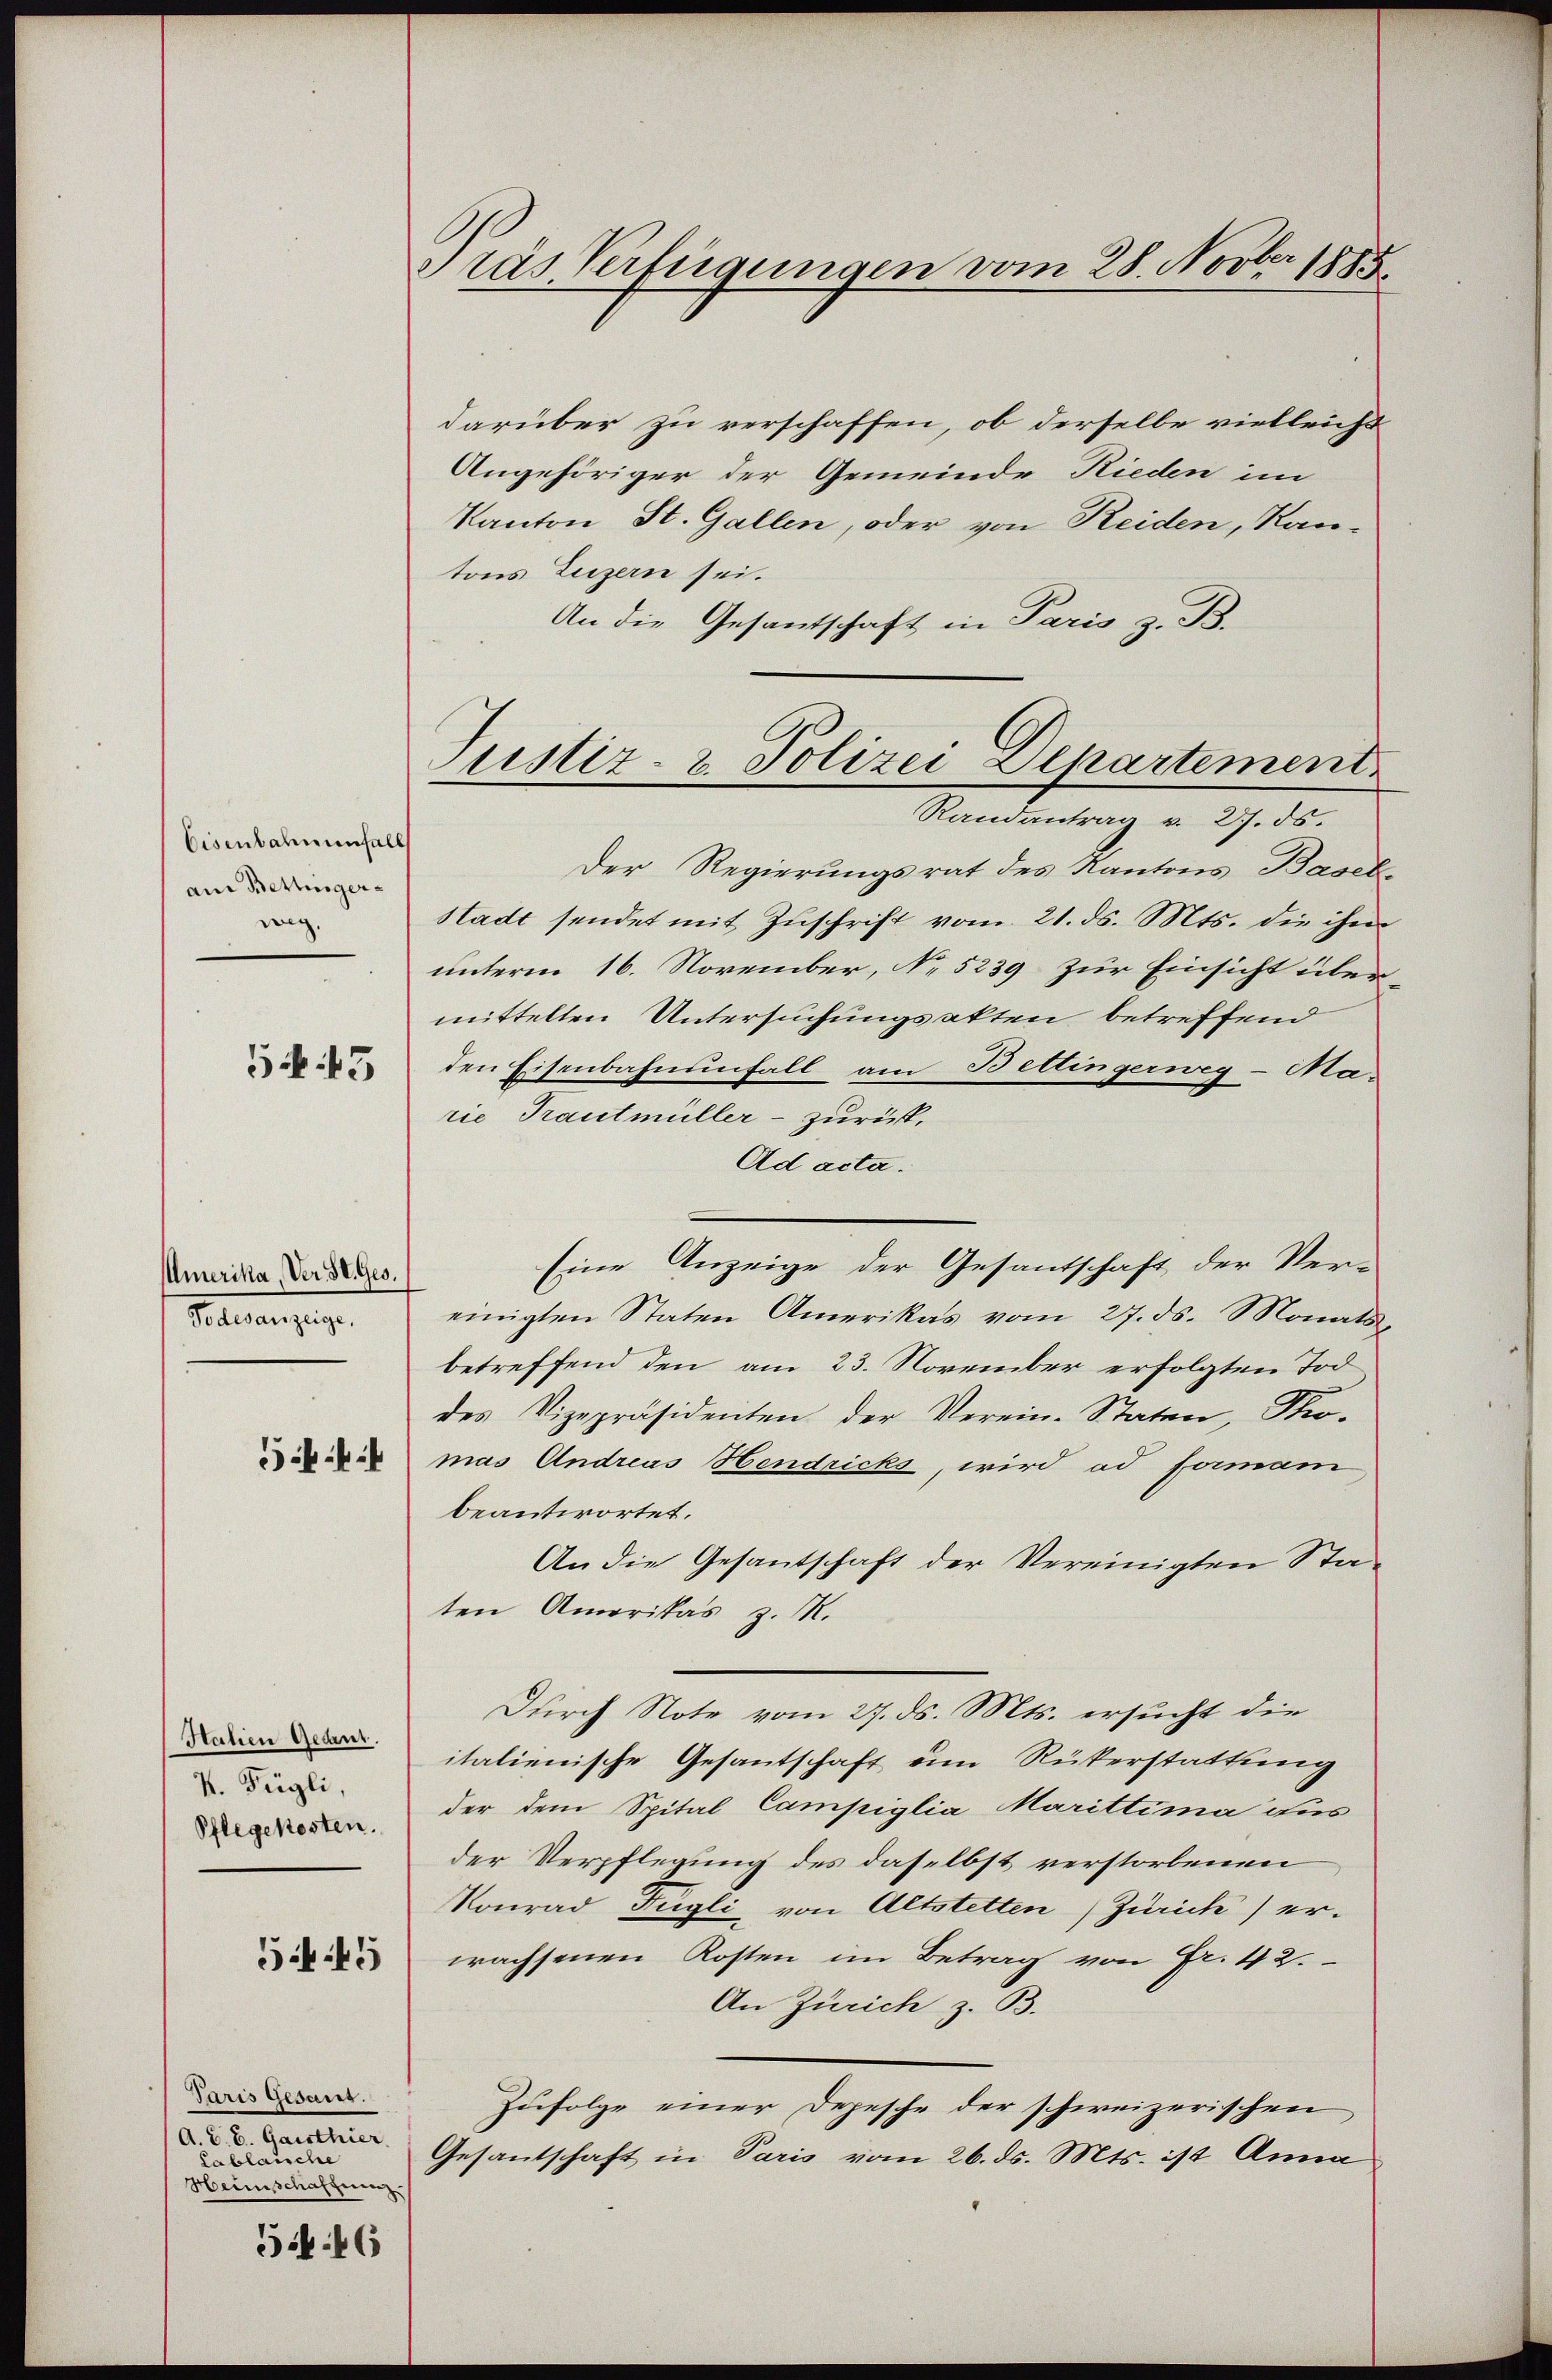
Eisenbahnmenfalls
an Bettinger-
weg.

5. 43

Amerika, Ver St. Ges.
Telegengangen

k.k.

Halien Gedant.
V. Fügli,
Pflegekosten.

5445

Paris Gesant.
A. E. E. Gaisthier
Lablauche
Heimschaffnenz

546

Gras Verfügungen vom 28. Novber 1885

darüber zu verschaffen, ob derselbe vielleicht
Angehöriger der Gemeinde Rieden im
Kanton St. Gallen, oder von Reiden, Kantons Luzern sei.
An die Gesandtschaft in Paris z. B.
Der Regierungsrat des Kantons Basel,
Stadt sendet mit Zuschrift vom 21. ds. Mts. die ihm
unterm 16. November, No 5239 zur Einsicht übermittelten Untersuchungsakten betreffend
den Eisenbahnenfall, am Bettingerweg-Ma-
rie Trautmüller - zurück,
Ad acta.
Eine Anzeige der Gesantschaft der Ver-
einigten Staten Amerikas vom 27. ds. Monats
betreffend den am 23. November erfolgten Tod
des Vizepräsidenten der Verein-Staten, Pro-
mas Andreas Hendricks, wird ad formani
beantwortet.
An die Gesantschaft der Vereinigten Staten Amerikas z. M.
Durch Note vom 27. ds. Mts. ersucht die
italienische Gesantschaft um Rükerstattung
der dem Spital Campiglia Marittima aus
der Verpflegung des daselbst verstorbenen
Konrad Fügli von Altstetten) Zürich) erwachsenen Kosten im Betrag von Fr. 42.
An Zürich z. B.
Zufolge einer Depesche der schweizerischen
Gesantschaft in Paris vom 26. ds. Mts. ist Anna

Justiz- & Polizei Departement
Randantrag v. 27. ds.